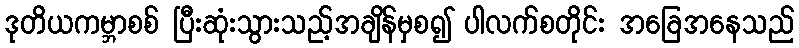
ဒုတိယကမ္ဘာစစ် ပြီးဆုံးသွားသည့်အချိန်မှစ၍ ပါလက်စတိုင်း အခြေအနေသည်